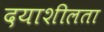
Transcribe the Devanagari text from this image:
दयाशीलता